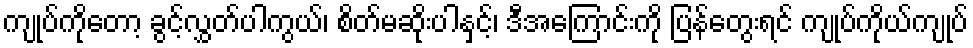
ကျုပ်ကိုတော့ ခွင့်လွှတ်ပါကွယ်၊ စိတ်မဆိုးပါနှင့်၊ ဒီအကြောင်းကို ပြန်တွေးရင် ကျုပ်ကိုယ်ကျုပ်